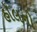
હૉલનો